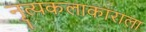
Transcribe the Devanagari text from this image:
नृत्यकलाकाराला